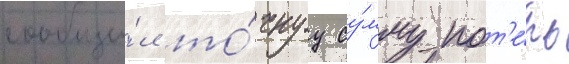
сообщи́л то́чнуу су́мму пот'е́рь